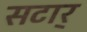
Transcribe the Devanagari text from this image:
सटार्